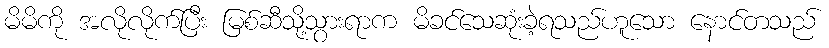
မိမိကို အလိုလိုက်ပြီး မြစ်ဆီသို့သွားရာက မိခင်သေဆုံးခဲ့ရသည်ဟူသော နောင်တသည်